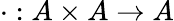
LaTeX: \cdot:A\times A\to A